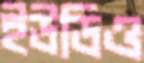
ইউডিও